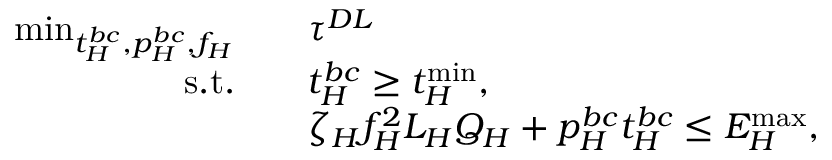
\begin{array} { r l } { \operatorname * { m i n } _ { t _ { H } ^ { b c } , p _ { H } ^ { b c } , f _ { H } } \quad } & { \tau ^ { D L } } \\ { \mathrm { s . t . } \quad } & { t _ { H } ^ { b c } \geq t _ { H } ^ { \operatorname* { m i n } } , } \\ & { \zeta _ { H } f _ { H } ^ { 2 } L _ { H } Q _ { H } + p _ { H } ^ { b c } t _ { H } ^ { b c } \leq { { E } } _ { H } ^ { \operatorname* { m a x } } , } \end{array}